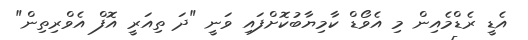
އެޑީ ރެޑްމެއިން މި އެވޯޑް ކާމިޔާބުކޮށްފައި ވަނީ "ދަ ތިއަރީ އޮފް އެވްރިތިން"